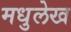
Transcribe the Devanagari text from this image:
मधुलेख